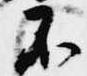
不